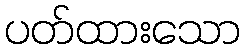
ပတ်ထားသော